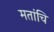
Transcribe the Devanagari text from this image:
मतांचि